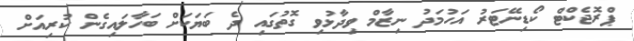
ޕްރޮޖެކްޓް ކޯޑިނޭޓަރު އަހުމަދު ނިޒާމް ވިދާޅުވި ގޮތުގައި ދެ ބަޔަކަށް ބަހާލައިގެން ކުރިއަށް